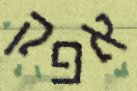
אפק